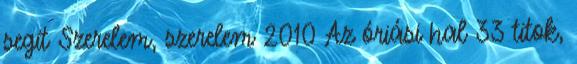
segít Szerelem, szerelem 2010 Az óriási hal 33 titok,